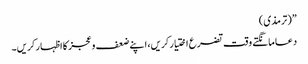
”(ترمذی)
دعا مانگتے وقت تضرع اختیار کریں، اپنے ضعف و عجز کا اظہار کریں۔